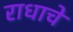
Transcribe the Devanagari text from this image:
राधाचे